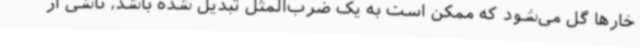
خارها گل می‌شود که ممکن است به یک ضرب‌المثل تبدیل شده باشد، ناشی از